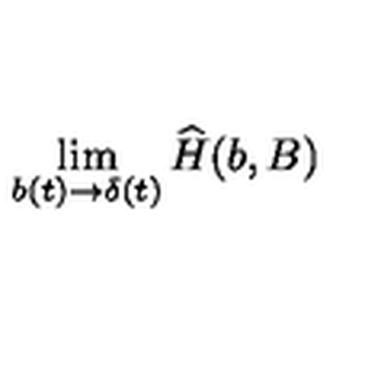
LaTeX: \lim _ { b ( t ) \to \delta ( t ) } { \widehat H } ( b , B )